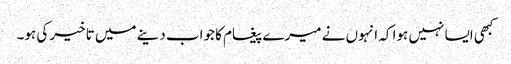
کبھی ایسا نہیں ہوا کہ انہوں نے میرے پیغام کا جواب دینے میں تاخیر کی ہو۔